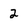
Character: 2